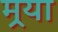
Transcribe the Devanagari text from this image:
मर्‍या